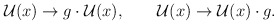
\begin{align*}\mathcal{U}(x)\rightarrow g \cdot\mathcal{U}(x),\qquad\mathcal{U}(x)\rightarrow \mathcal{U}(x)\cdot g.\end{align*}